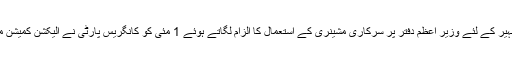
نریندر مودی کی انتخابی تشہیر کے لئے وزیر اعظم دفتر پر سرکاری مشینری کے استعمال کا الزام لگاتے ہوئے 1 مئی کو کانگریس پارٹی نے الیکشن کمیشن میں شکایت درج کرائی تھی۔